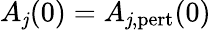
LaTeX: A_{\mathit{j}}(0)=A_{\mathit{j},\mathrm{{pert}}}(0)